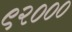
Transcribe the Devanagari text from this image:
९२०००